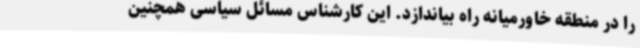
را در منطقه خاورمیانه راه بیاندازد. این کارشناس مسائل سیاسی همچنین